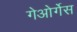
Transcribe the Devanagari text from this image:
गेओर्गेस